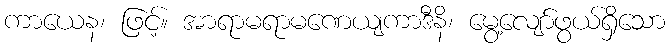
ကာယေန၊ ဖြင့်။ အာရာမရာမဏေယျကာဒီနိ၊ မွေ့လျော်ဖွယ်ရှိသော